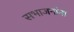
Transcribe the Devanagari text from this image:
सभाजनांना